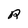
Character: R